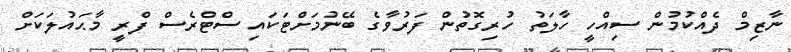
ނާޒިމް ދެއްކުމުން ސިއްހީ ހާލަތު ހުރިގޮތުން ފަރުވާގެ ބޭނުމަށްޓަކައި ސްޓްރެސް ފްރީ މާޙައުލަކަށް